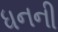
ધનની